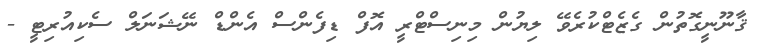
ޤާނޫނީގޮތުން ގެޒެޓްކުރެވޭ ލިޔުން މިނިސްޓްރީ އޮފް ޑިފެންސް އެންޑް ނޭޝަނަލް ސެކިއުރިޓީ -